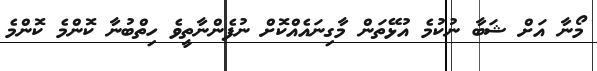
މޯނާ އަށް ޝަބާ ނުކުމެ އުޅޭތަން މާގިނައެއްކޮށް ނުފެންނާތީވެ ހިތްބުނާ ކޮންމެ ކޮންމެ